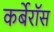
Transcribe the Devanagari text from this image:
कर्बेरॉस